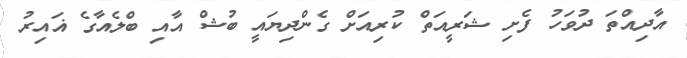
އާދިއްތަ ދުވަހު ފެށި ޝަރީއަތް ކުރިއަށް ގެންދިޔައީ ބުޝް އާއި ބްލެއާގެ ޣައިރު